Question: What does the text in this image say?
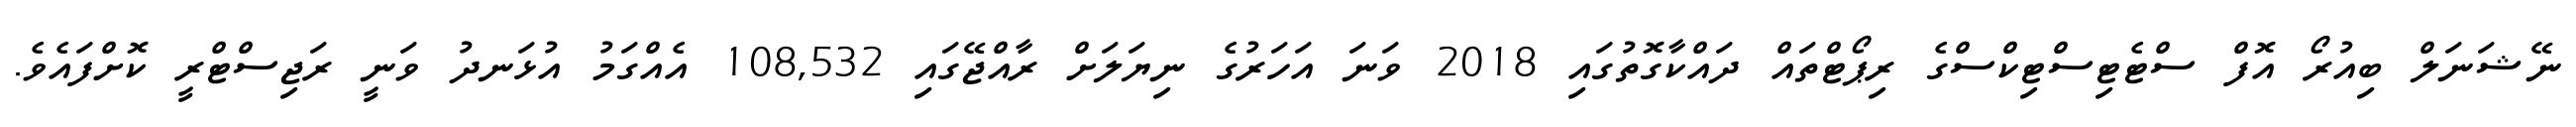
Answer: ނޭޝަނަލް ބިއުރޯ އޮފް ސްޓެޓިސްޓިކްސްގެ ރިޕޯޓްތައް ދައްކާގޮތުގައި 2018 ވަނަ އަހަރުގެ ނިޔަލަށް ރާއްޖޭގައި 108,532 އެއްގަމު އުޅަނދު ވަނީ ރަޖިސްޓްރީ ކޮށްފައެވެ.